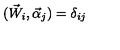
( { \vec { W } } _ { i } , { \vec { \alpha } } _ { j } ) = \delta _ { i j }